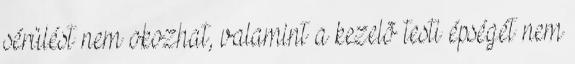
sérülést nem okozhat, valamint a kezelõ testi épségét nem